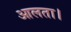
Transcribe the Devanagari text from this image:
आलता।